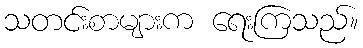
သတင်းစာများက ရေးကြသည်။